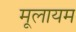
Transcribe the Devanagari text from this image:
मूलायम